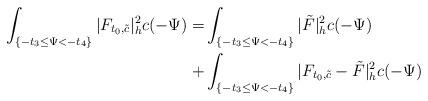
LaTeX: \begin{align*}\int_{ \{-t_3\le \Psi<-t_4\}}|F_{t_0,\tilde{c}}|^2_hc(-\Psi)=&\int_{ \{-t_3\le \Psi<-t_4\}}|\tilde{F}|^2_hc(-\Psi)\\+&\int_{\{-t_3\le \Psi<-t_4\}}|F_{t_0,\tilde{c}}-\tilde{F}|^2_hc(-\Psi)\end{align*}